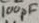
Text: 100pF